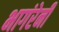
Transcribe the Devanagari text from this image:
भागंरेनी